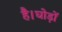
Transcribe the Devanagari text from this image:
है।घोड़ों